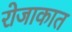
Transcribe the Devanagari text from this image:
रोजाकात